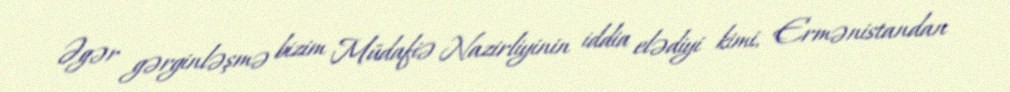
Əgər gərginləşmə bizim Müdafiə Nazirliyinin iddia elədiyi kimi, Ermənistandan